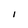
Character: I